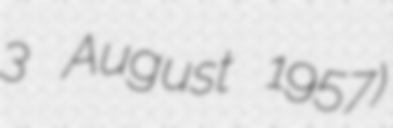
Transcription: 3 August 1957)